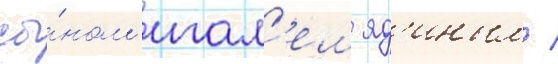
сы́ном игал'ем яд'иным /